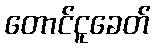
တောင်ငူခေတ်